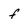
Character: f